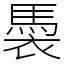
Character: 䮍